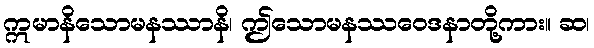
ဣမာနိသောမနဿာနိ၊ ဤသောမနဿဝေဒနာတို့ကား။ ဆ၊